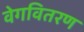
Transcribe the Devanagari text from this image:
वेगवितरण